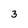
Character: 3